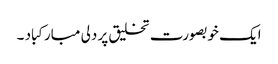
ایک خوبصورت تخلیق پر دلی مبارکباد ۔